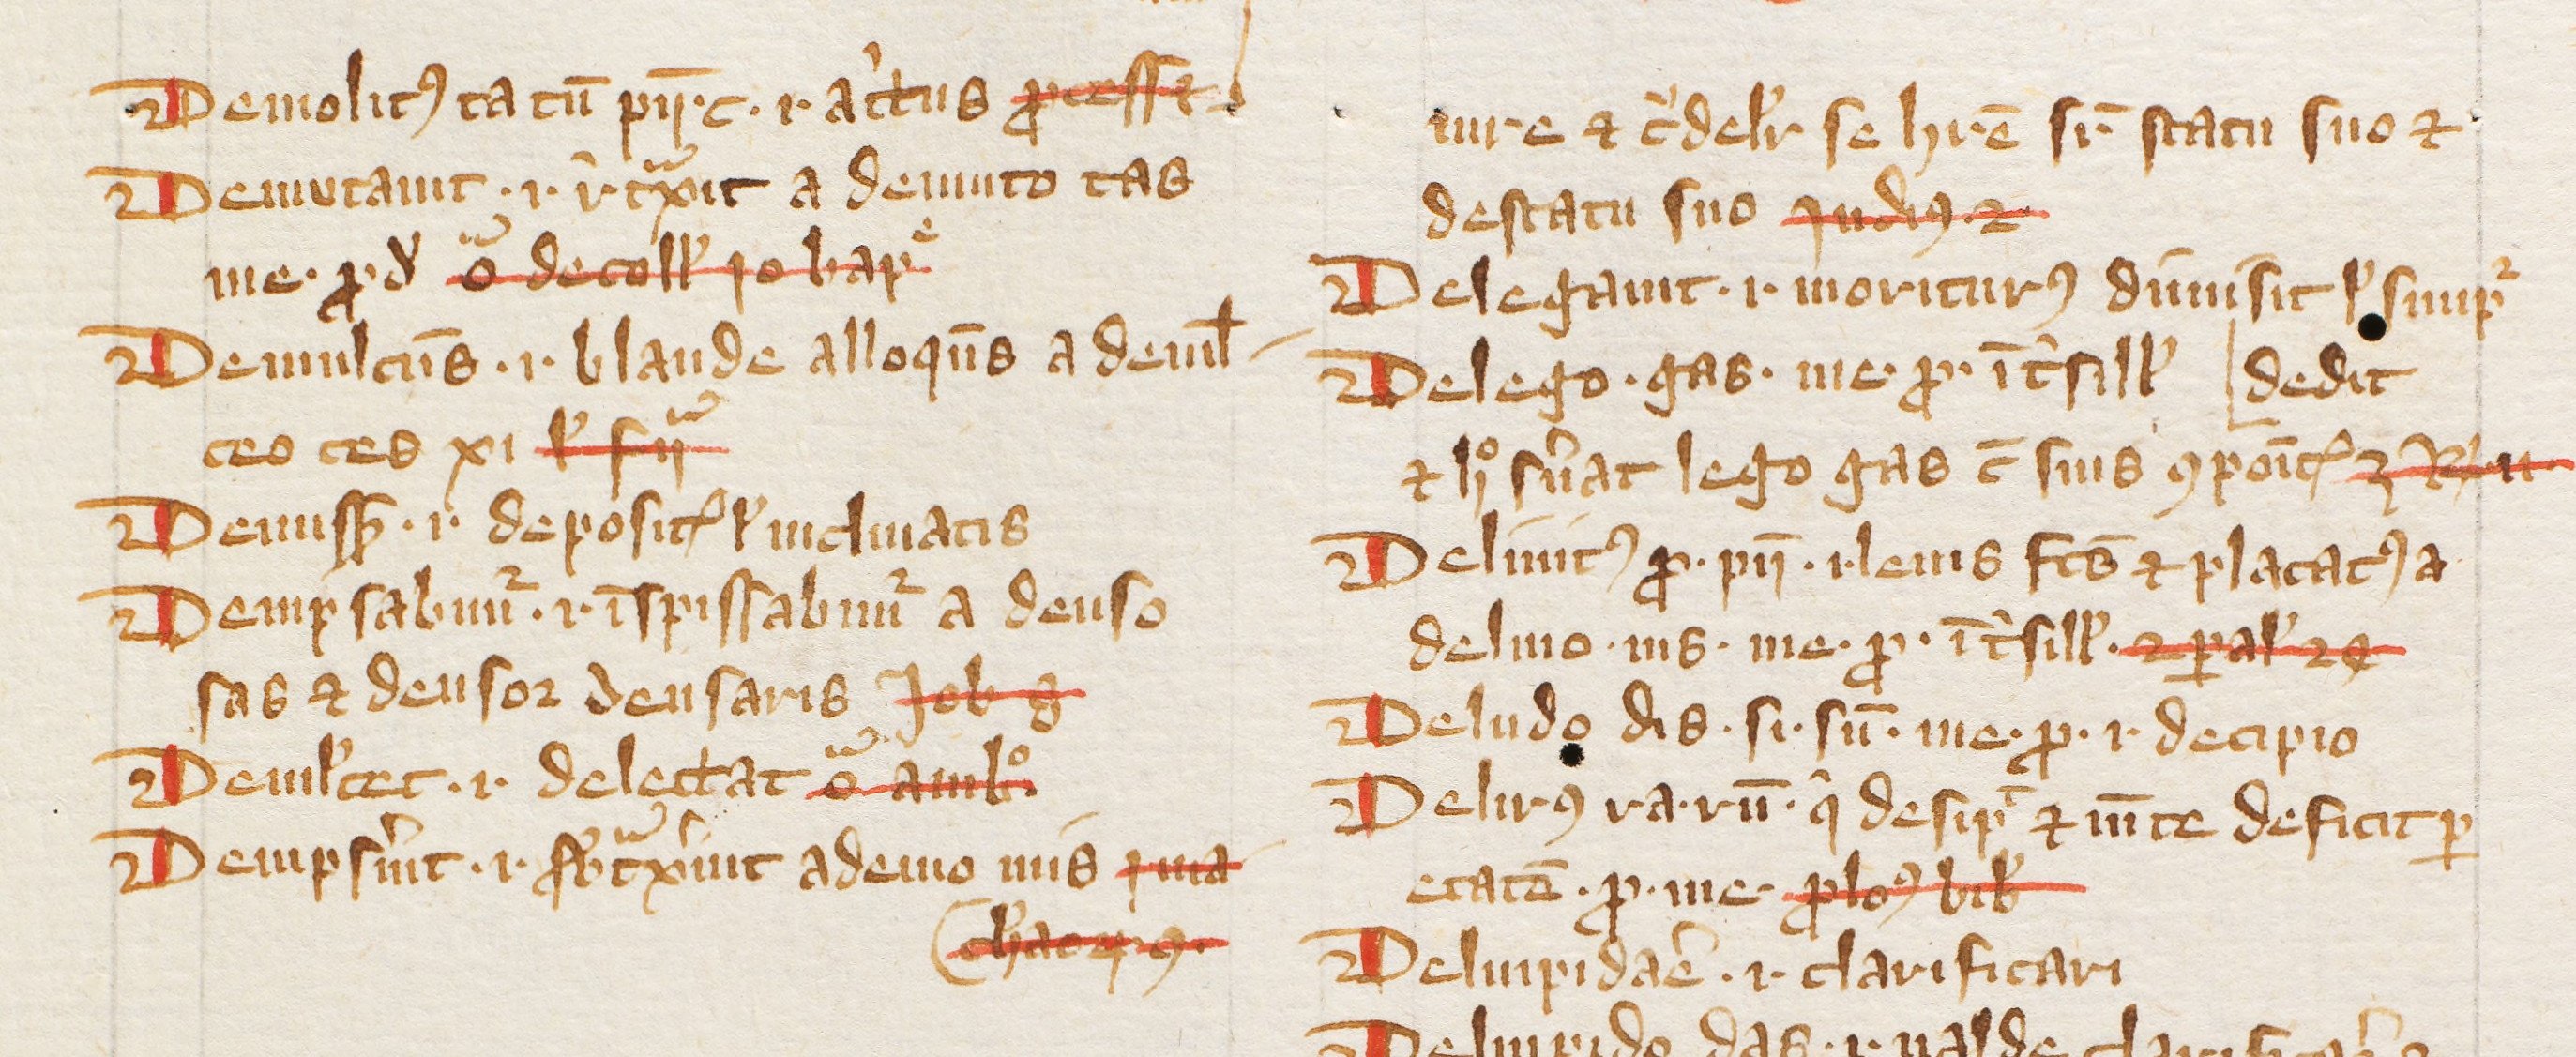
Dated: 1385–1415